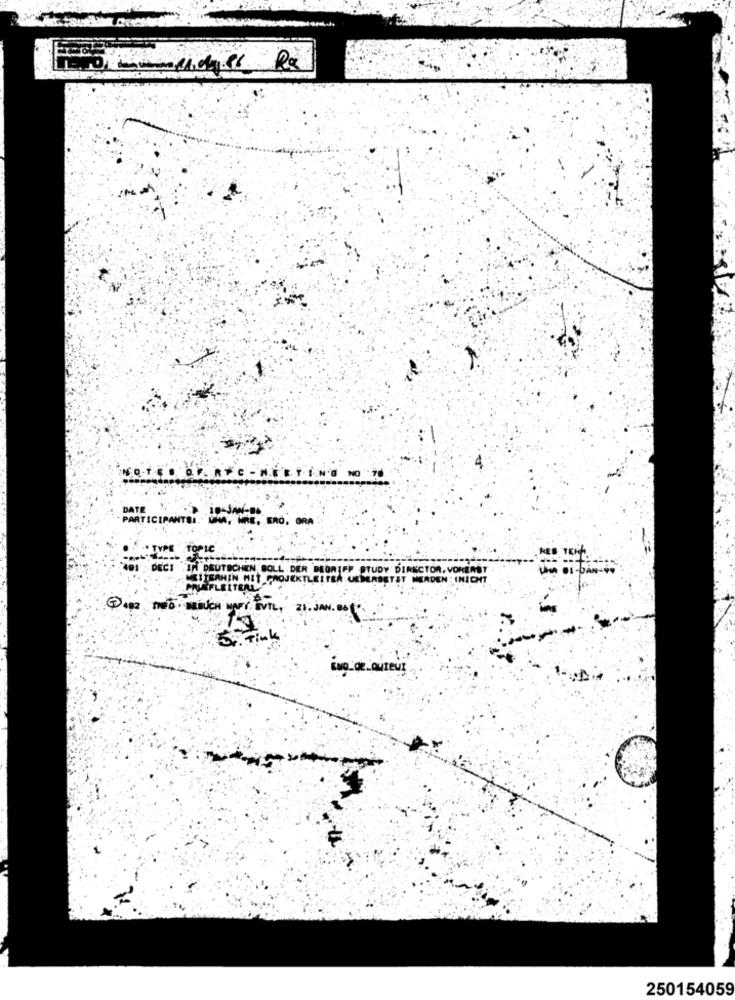
15 -1011 Rx
CURTO - HITTING NO 70
DATE
PARTICIPANTS :. İM, WIE, ERO. ORA
TYPE
TOPIC
IN DEUTSCHEN BOLL DER BEGRIFF STUDY DIRECTOR, VORERST
T CHOJEKTLEITEA URDERSETZT WERDEN : (NICHT
FLEET
21. JAN. DO
ivo de auteur
250154059